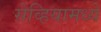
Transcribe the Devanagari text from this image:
सेव्हियामध्ये